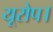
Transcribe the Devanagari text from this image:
यूरोप।